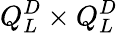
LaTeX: Q_{L}^{D}\times Q_{L}^{D}